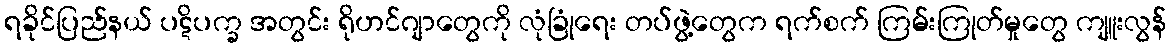
ရခိုင်ပြည်နယ် ပဋိပက္ခ အတွင်း ရိုဟင်ဂျာတွေကို လုံခြုံရေး တပ်ဖွဲ့တွေက ရက်စက် ကြမ်းကြုတ်မှုတွေ ကျူးလွန်